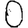
Digit: 0